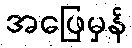
အဖြေမှန်